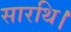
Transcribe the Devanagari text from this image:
सारथि।